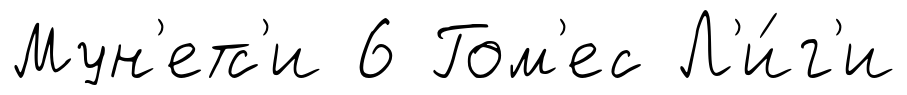
Мун'етс'и 6 Гом'ес Л'и́г'и